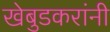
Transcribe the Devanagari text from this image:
खेबुडकरांनी